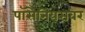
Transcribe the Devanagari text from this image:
पॉसेनियसवर